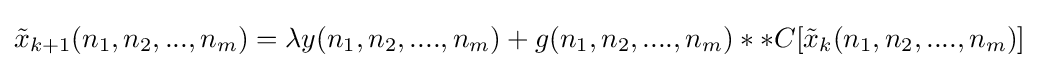
{\tilde {x}}_{k+1}(n_{1},n_{2},...,n_{m})=\lambda y(n_{1},n_{2},....,n_{m})+g(n_{1},n_{2},....,n_{m})\ast \ast C[{\tilde {x}}_{k}(n_{1},n_{2},....,n_{m})]